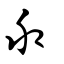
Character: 乑